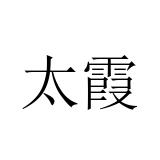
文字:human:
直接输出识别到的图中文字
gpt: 太霞